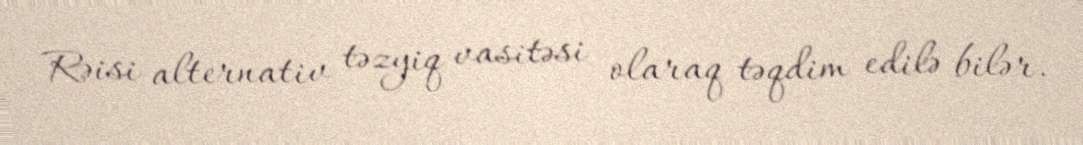
Rəisi alternativ təzyiq vasitəsi olaraq təqdim edilə bilər.